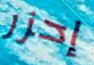
إحزر